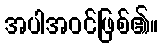
အပါအဝင်ဖြစ်၏။